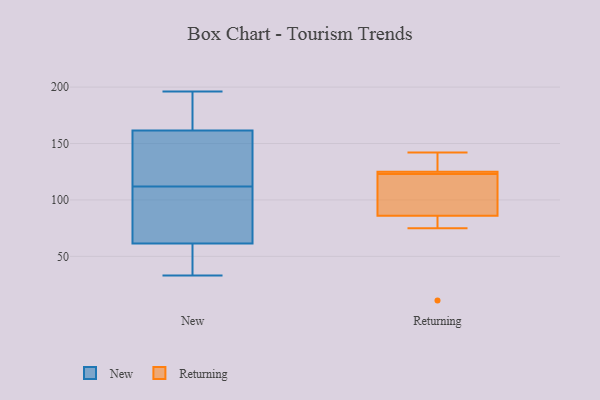
{"axis": {"x": "Net Income (USD K)", "y": "Value"}, "legend": ["New", "Returning"], "data": [{"x": "", "y": 48, "type": "New"}, {"x": "", "y": 174, "type": "New"}, {"x": "", "y": 121, "type": "New"}, {"x": "", "y": 149, "type": "New"}, {"x": "", "y": 77, "type": "New"}, {"x": "", "y": 33, "type": "New"}, {"x": "", "y": 196, "type": "New"}, {"x": "", "y": 187, "type": "New"}, {"x": "", "y": 103, "type": "New"}, {"x": "", "y": 75, "type": "New"}, {"x": "", "y": 47, "type": "New"}, {"x": "", "y": 123, "type": "New"}, {"x": "", "y": 102, "type": "Returning"}, {"x": "", "y": 125, "type": "Returning"}, {"x": "", "y": 86, "type": "Returning"}, {"x": "", "y": 125, "type": "Returning"}, {"x": "", "y": 129, "type": "Returning"}, {"x": "", "y": 142, "type": "Returning"}, {"x": "", "y": 122, "type": "Returning"}, {"x": "", "y": 75, "type": "Returning"}, {"x": "", "y": 124, "type": "Returning"}, {"x": "", "y": 11, "type": "Returning"}]}